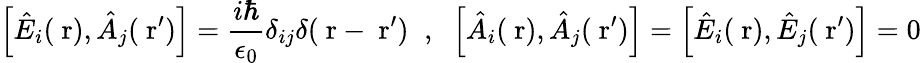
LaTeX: \left[\hat{E}_{i}(\mathrm{\mathbf~r}),\hat{A}_{j}(\mathrm{\mathbf~r}^{\prime})\right]=\frac{i\hbar}{\epsilon_{0}}\delta_{ij}\delta(\mathrm{\mathbf~r}-\mathrm{\mathbf~r}^{\prime})\; \; ,\; \; \left[\hat{A}_{i}(\mathrm{\mathbf~r}),\hat{A}_{j}(\mathrm{\mathbf~r}^{\prime})\right]=\left[\hat{E}_{i}(\mathrm{\mathbf~r}),\hat{E}_{j}(\mathrm{\mathbf~r}^{\prime})\right]=0